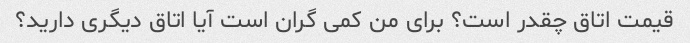
قیمت اتاق چقدر است؟ برای من کمی گران است آیا اتاق دیگری دارید؟